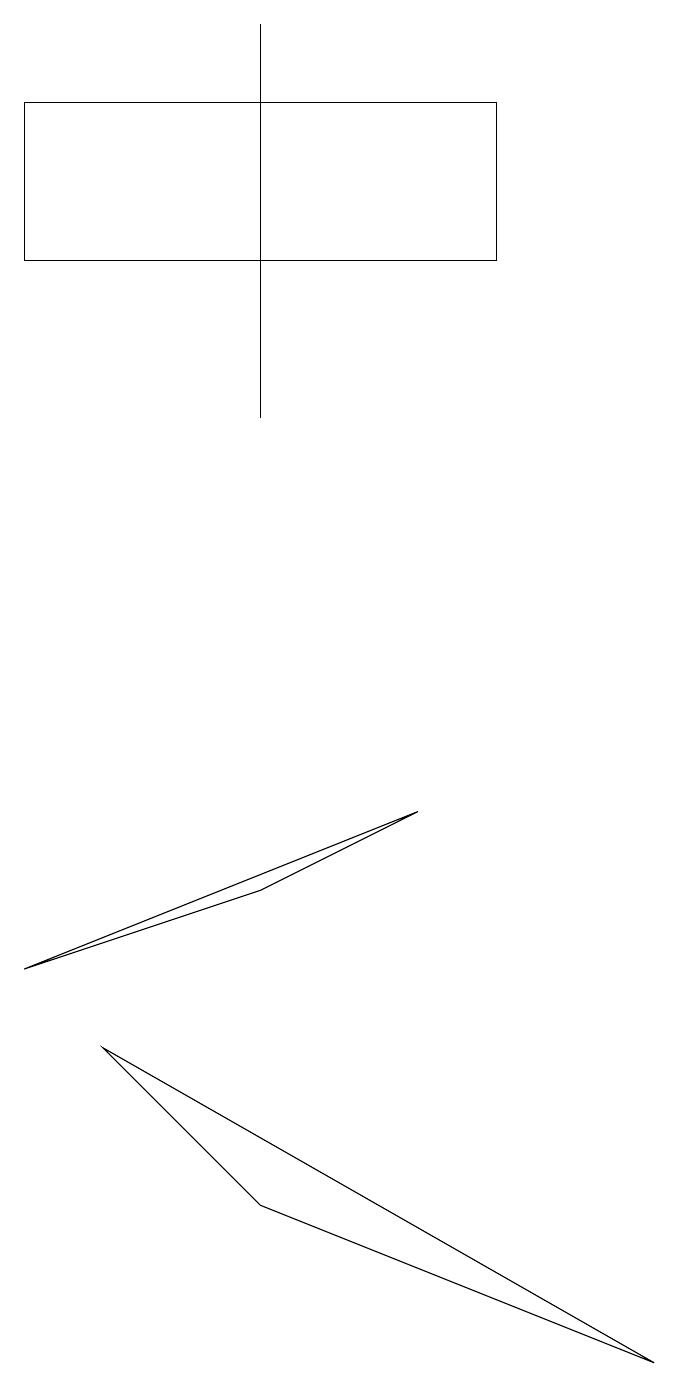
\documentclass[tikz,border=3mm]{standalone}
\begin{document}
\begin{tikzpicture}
\draw (3,17) rectangle (3,12);
\draw (5,7) -- (0,5) -- (3,6) -- cycle;
\draw (1,4) -- (3,2) -- (8,0) -- cycle;
\draw (0,14) rectangle (6,16);
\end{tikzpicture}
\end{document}